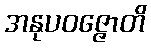
အနုပဝဇ္ဇောတိ